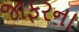
જાફરના